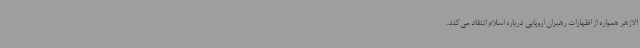
الازهر همواره از اظهارات رهبران اروپایی درباره اسلام انتقاد می‌کند.